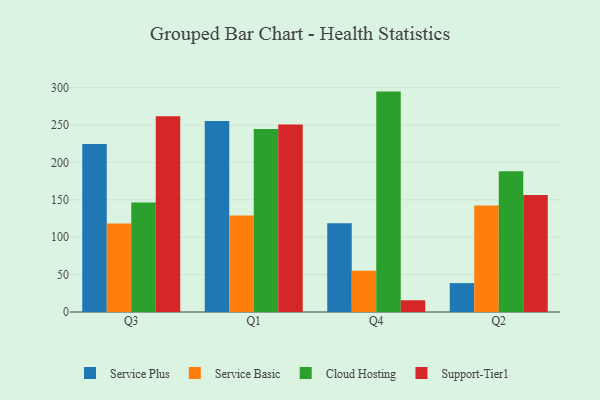
{"axis": {"x": "Quarter", "y": "Latency (ms)"}, "legend": ["Cloud Hosting", "Service Basic", "Service Plus", "Support-Tier1"], "data": [{"x": "Q3", "y": 224.6, "type": "Service Plus"}, {"x": "Q3", "y": 118.3, "type": "Service Basic"}, {"x": "Q3", "y": 146.3, "type": "Cloud Hosting"}, {"x": "Q3", "y": 261.7, "type": "Support-Tier1"}, {"x": "Q1", "y": 255.3, "type": "Service Plus"}, {"x": "Q1", "y": 128.9, "type": "Service Basic"}, {"x": "Q1", "y": 244.6, "type": "Cloud Hosting"}, {"x": "Q1", "y": 250.7, "type": "Support-Tier1"}, {"x": "Q4", "y": 118.7, "type": "Service Plus"}, {"x": "Q4", "y": 55.1, "type": "Service Basic"}, {"x": "Q4", "y": 294.7, "type": "Cloud Hosting"}, {"x": "Q4", "y": 15.7, "type": "Support-Tier1"}, {"x": "Q2", "y": 38.6, "type": "Service Plus"}, {"x": "Q2", "y": 142.4, "type": "Service Basic"}, {"x": "Q2", "y": 188.3, "type": "Cloud Hosting"}, {"x": "Q2", "y": 156.4, "type": "Support-Tier1"}]}